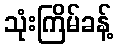
သုံးကြိမ်ခန့်